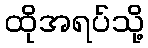
ထိုအရပ်သို့